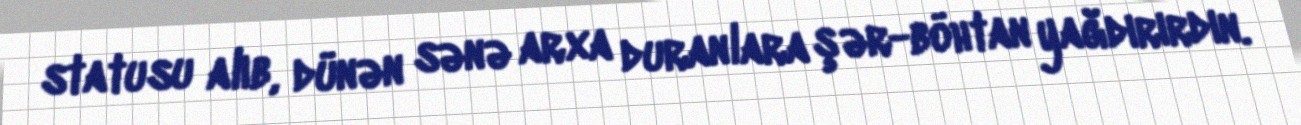
statusu alıb, dünən sənə arxa duranlara şər-böhtan yağdırırdın.